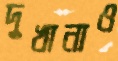
দুখানাও